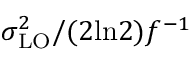
\sigma _ { \mathrm { L O } } ^ { 2 } / ( 2 \mathrm { l n } 2 ) f ^ { - 1 }